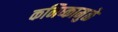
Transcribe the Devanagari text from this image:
कनिष्कामुळे